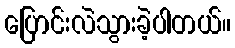
ပြောင်းလဲသွားခဲ့ပါတယ်။